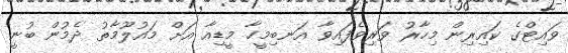
ވައިޓްގެ ކައިރިން މިހާރު ވަރިވެފައިވާ އަނބިމީހާ މީޑިއާ އަށް މައުލޫމާތު ދެމުން ބުނީ